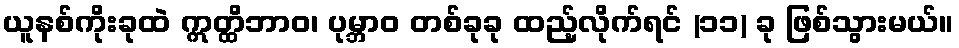
ယူနစ်ကိုးခုထဲ ဣတ္ထိဘာဝ၊ ပုမ္ဘာဝ တစ်ခုခု ထည့်လိုက်ရင် (၁၁) ခု ဖြစ်သွားမယ်။